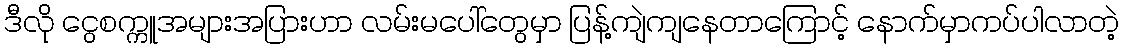
ဒီလို ငွေစက္ကူအများအပြားဟာ လမ်းမပေါ်တွေမှာ ပြန့်ကျဲကျနေတာကြောင့် နောက်မှာကပ်ပါလာတဲ့